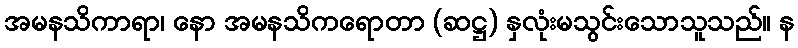
အမနသိကာရာ၊ နော အမနသိကရောတာ (ဆဋ္ဌ) နှလုံးမသွင်းသောသူသည်။ န